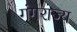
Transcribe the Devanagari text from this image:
गंगराज्य